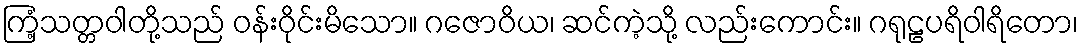
ကြံ့သတ္တဝါတို့သည် ဝန်းဝိုင်းမိသော။ ဂဇောဝိယ၊ ဆင်ကဲ့သို့ လည်းကောင်း။ ဂရုဠပရိဝါရိတော၊